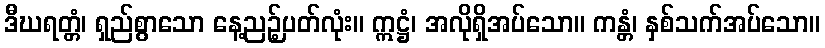
ဒီဃရတ္တံ၊ ရှည်စွာသော နေ့ညဉ့်ပတ်လုံး။ ဣဋ္ဌံ၊ အလိုရှိအပ်သော။ ကန္တံ၊ နှစ်သက်အပ်သော။